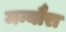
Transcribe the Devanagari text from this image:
मन्यौरा